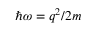
\hbar \omega = q ^ { 2 } / 2 m